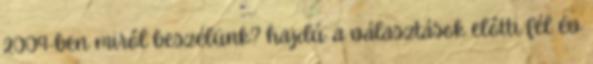
2009-ben miről beszélünk? hajdú: a választások előtti fél év